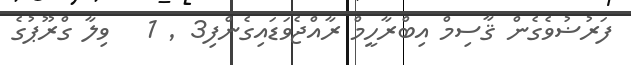
ފަރުޟުވެގެން ޤާސިމް އިބްރާހީމް ރާއްޖެވަޑައިގެންފި3